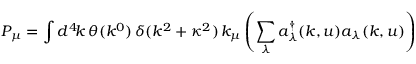
P _ { \mu } = \int d ^ { 4 } \! k \, \theta ( k ^ { 0 } ) \, \delta ( k ^ { 2 } + \kappa ^ { 2 } ) \, k _ { \mu } \left( \sum _ { \lambda } a _ { \lambda } ^ { \dagger } ( k , u ) a _ { \lambda } ( k , u ) \right)